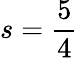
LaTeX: s=\frac{5}{4}